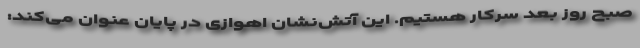
صبح روز بعد سرکار هستیم. این آتش‌نشان اهوازی در پایان عنوان می‌کند: